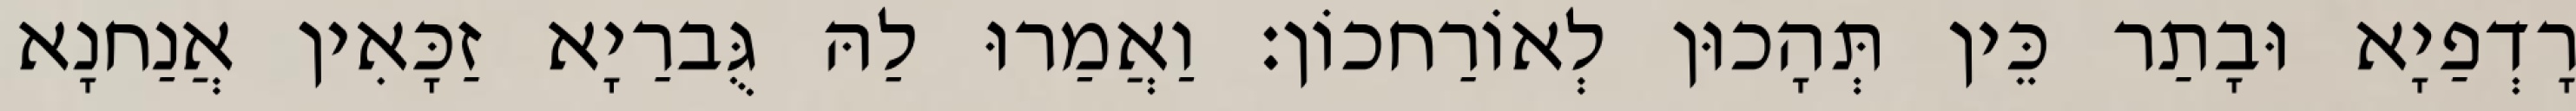
רָדְפַיָא וּבָתַר כֵּין תְּהָכוּן לְאוֹרַחכוֹן׃ וַאֲמַרוּ לַהּ גֻּברַיָא זַכָּאִין אֲנַחנָא